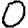
Digit: 0